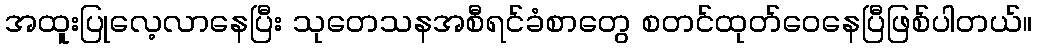
အထူးပြုလေ့လာနေပြီး သုတေသနအစီရင်ခံစာတွေ စတင်ထုတ်ဝေနေပြီဖြစ်ပါတယ်။